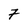
Character: 7